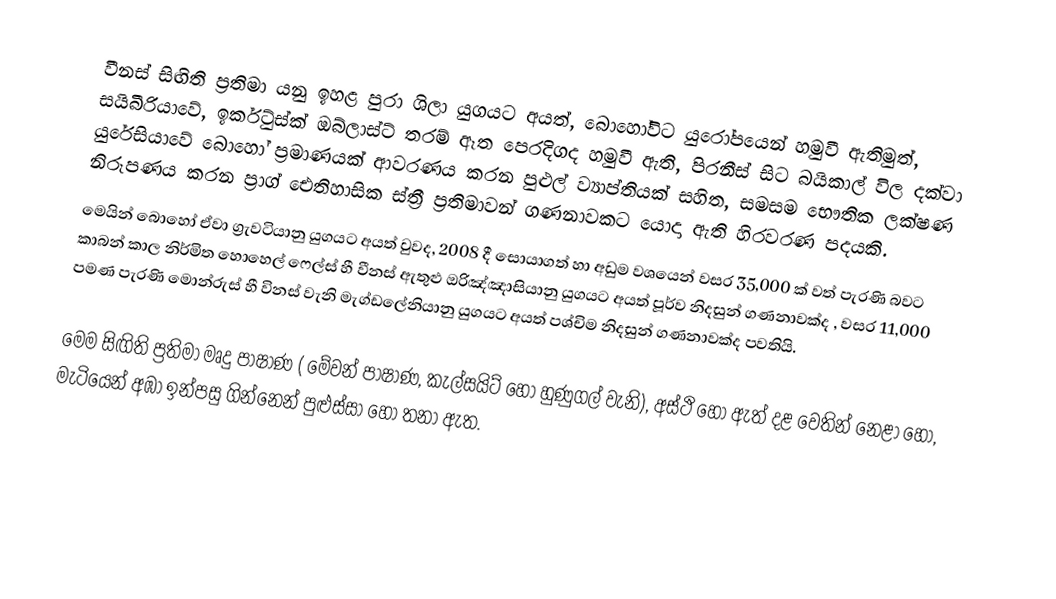
වීනස් සිඟිති ප්‍රතිමා  යනු  ඉහළ පුරා ශිලා යුගයට අයත්, බොහෝවිට  යුරෝපයෙන් හමුවී ඇතිමුත්,  සයිබීරියාවේ, ඉර්කුට්ස්ක් ඔබ්ලාස්ට් තරම් ඈත පෙරදිගද හමුවී ඇති, පිරනීස් සිට  බයිකාල් විල දක්වා යුරේසියාවේ බොහෝ ප්‍රමාණයක් ආවරණය කරන පුළුල් ව්‍යාප්තියක් සහිත, සමසම භෞතික ලක්ෂණ නිරූපණය කරන  ප්‍රාග් ඓතිහාසික  ස්ත්‍රී  ප්‍රතිමාවන් ගණනාවකට යොදා ඇති හිරවරණ පදයකි.
මෙයින් බොහෝ ඒවා ග්‍රැවටියානු යුගයට අයත් වුවද, 2008 දී සොයාගත් හා අඩුම වශයෙන් වසර 35,000 ක් වත් පැරණි බවට  කාබන් කාල නිර්මිත හොහෙල් ෆෙල්ස් හී වීනස් ඇතුළු ඔරිඤ්ඤාසියානු යුගයට අයත් පූර්ව නිදසුන් ගණනාවක්ද , වසර 11,000 පමණ පැරණි මොන්රුස් හී විනස් වැනි මැග්ඩලේනියානු යුගයට අයත් පශ්චිම නිදසුන් ගණනාවක්ද පවතියි.

මෙම සිඟිති ප්‍රතිමා මෘදු පාෂාණ ( මේවන් පාෂාණ, කැල්සයිට් හෝ හුණුගල් වැනි), අස්ථි හෝ ඇත් දළ වෙතින් නෙළා හෝ, මැටියෙන් අඹා ඉන්පසු ගින්නෙන් පුළුස්සා හෝ තනා ඇත.